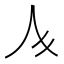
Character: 𱎚